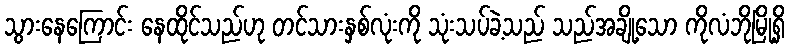
သွားနေကြောင်း နေထိုင်သည်ဟု တင်သားနှစ်လုံးကို သုံးသပ်ခဲ့သည် သည်အချို့သော ကိုလံဘိုမြို့ရှိ